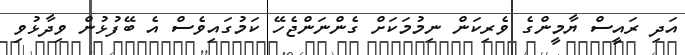
އަދި ރައީސް ޔާމީންގެ ވެރިކަން ނިމުމަކަށް ގެންނަންޖެހޭ ކަމުގައިވެސް އެ ބޭފުޅުން ވިދާޅުވި